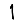
Digit: 1